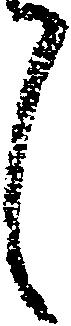
候